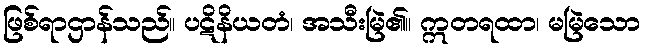
ဖြစ်ရာဌာန်သည်။ ပဋိနိယတံ၊ အသီးမြဲ၏။ ဣတရထာ၊ မမြဲသော